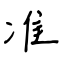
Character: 准